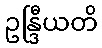
ဥန္ဒြီယတိ